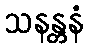
သနန္တနံ